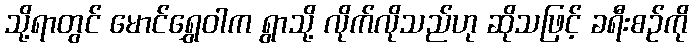
သို့ရာတွင် မောင်ရွှေဝါက ရွာသို့ လိုက်လိုသည်ဟု ဆိုသဖြင့် ခရီးစဉ်ကို